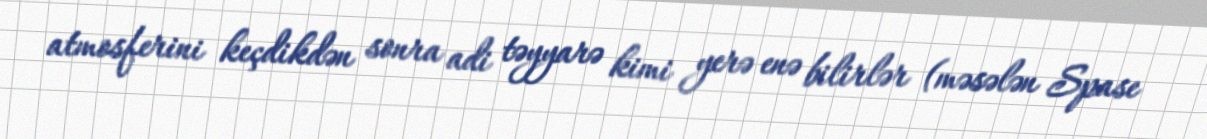
atmosferini keçdikdən sonra adi təyyarə kimi yerə enə bilirlər (məsələn Spase